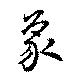
象